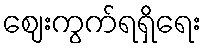
ဈေးကွက်ရရှိရေး